Punjab Mental Hospital Lahore 1932-46 - 1932-1946
Year: 1932
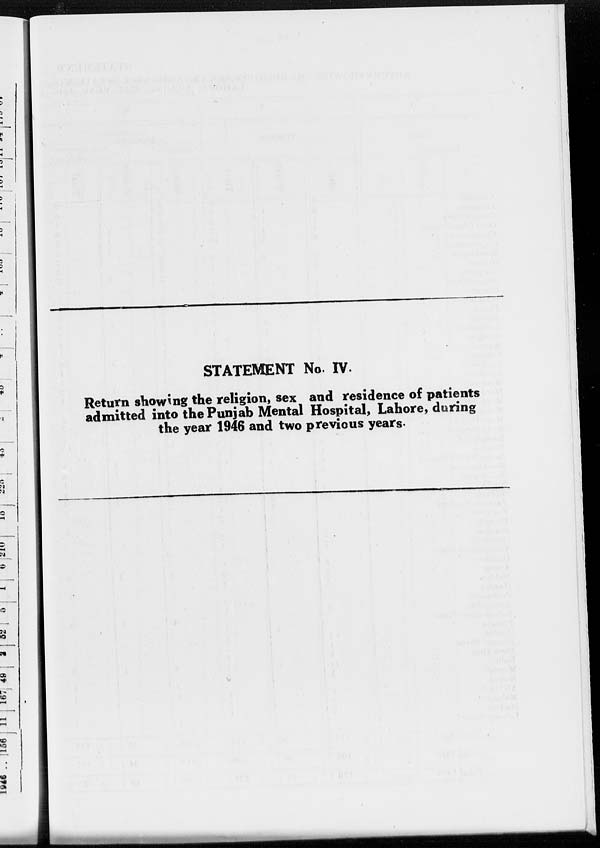
STATEMENT No. IV.
Return showing the religion, sex and residence of patients
admitted into the Punjab Mental Hospital, Lahore, during
the year 1946 and two previous years.